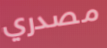
مصدري